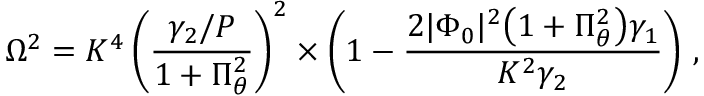
\Omega ^ { 2 } = K ^ { 4 } \left( \frac { \gamma _ { 2 } / P } { 1 + \Pi _ { \theta } ^ { 2 } } \right) ^ { 2 } \times \left( 1 - \frac { 2 | \Phi _ { 0 } | ^ { 2 } \big ( 1 + \Pi _ { \theta } ^ { 2 } \big ) \gamma _ { 1 } } { K ^ { 2 } \gamma _ { 2 } } \right) \, ,